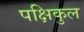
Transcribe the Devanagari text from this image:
पक्षिकुल